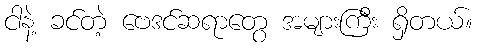
ငါနဲ့ ခင်တဲ့ ဗေဒင်ဆရာတွေ အများကြီး ရှိတယ်။